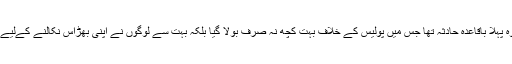
اس حکومت میں ساہیوال واقعہ وہ پہلا باقاعدہ حادثہ تھا جس میں پولیس کے خلاف بہت کچھ نہ صرف بولا گیا بلکہ بہت سے لوگوں نے اپنی بھڑاس نکالنے کےلیے بھی اس واقعے کو استعمال کیا۔